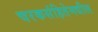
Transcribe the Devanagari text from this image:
चरकसंहितेमधील